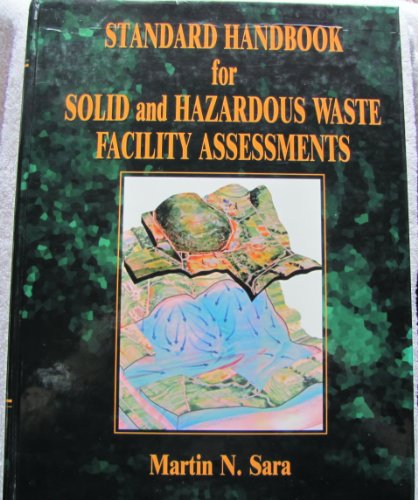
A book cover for Standard Handbook for Solid and Hazardous Waste Facility Assessments; Martin N. Sara; Science & Math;